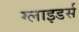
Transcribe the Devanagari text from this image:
ग्लाइडर्स